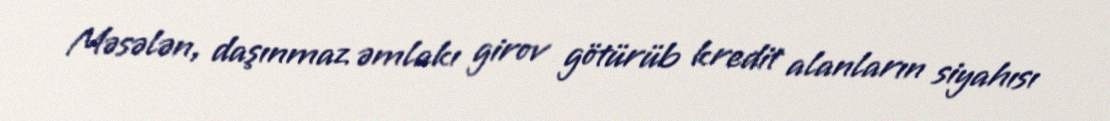
Məsələn, daşınmaz əmlakı girov götürüb kredit alanların siyahısı